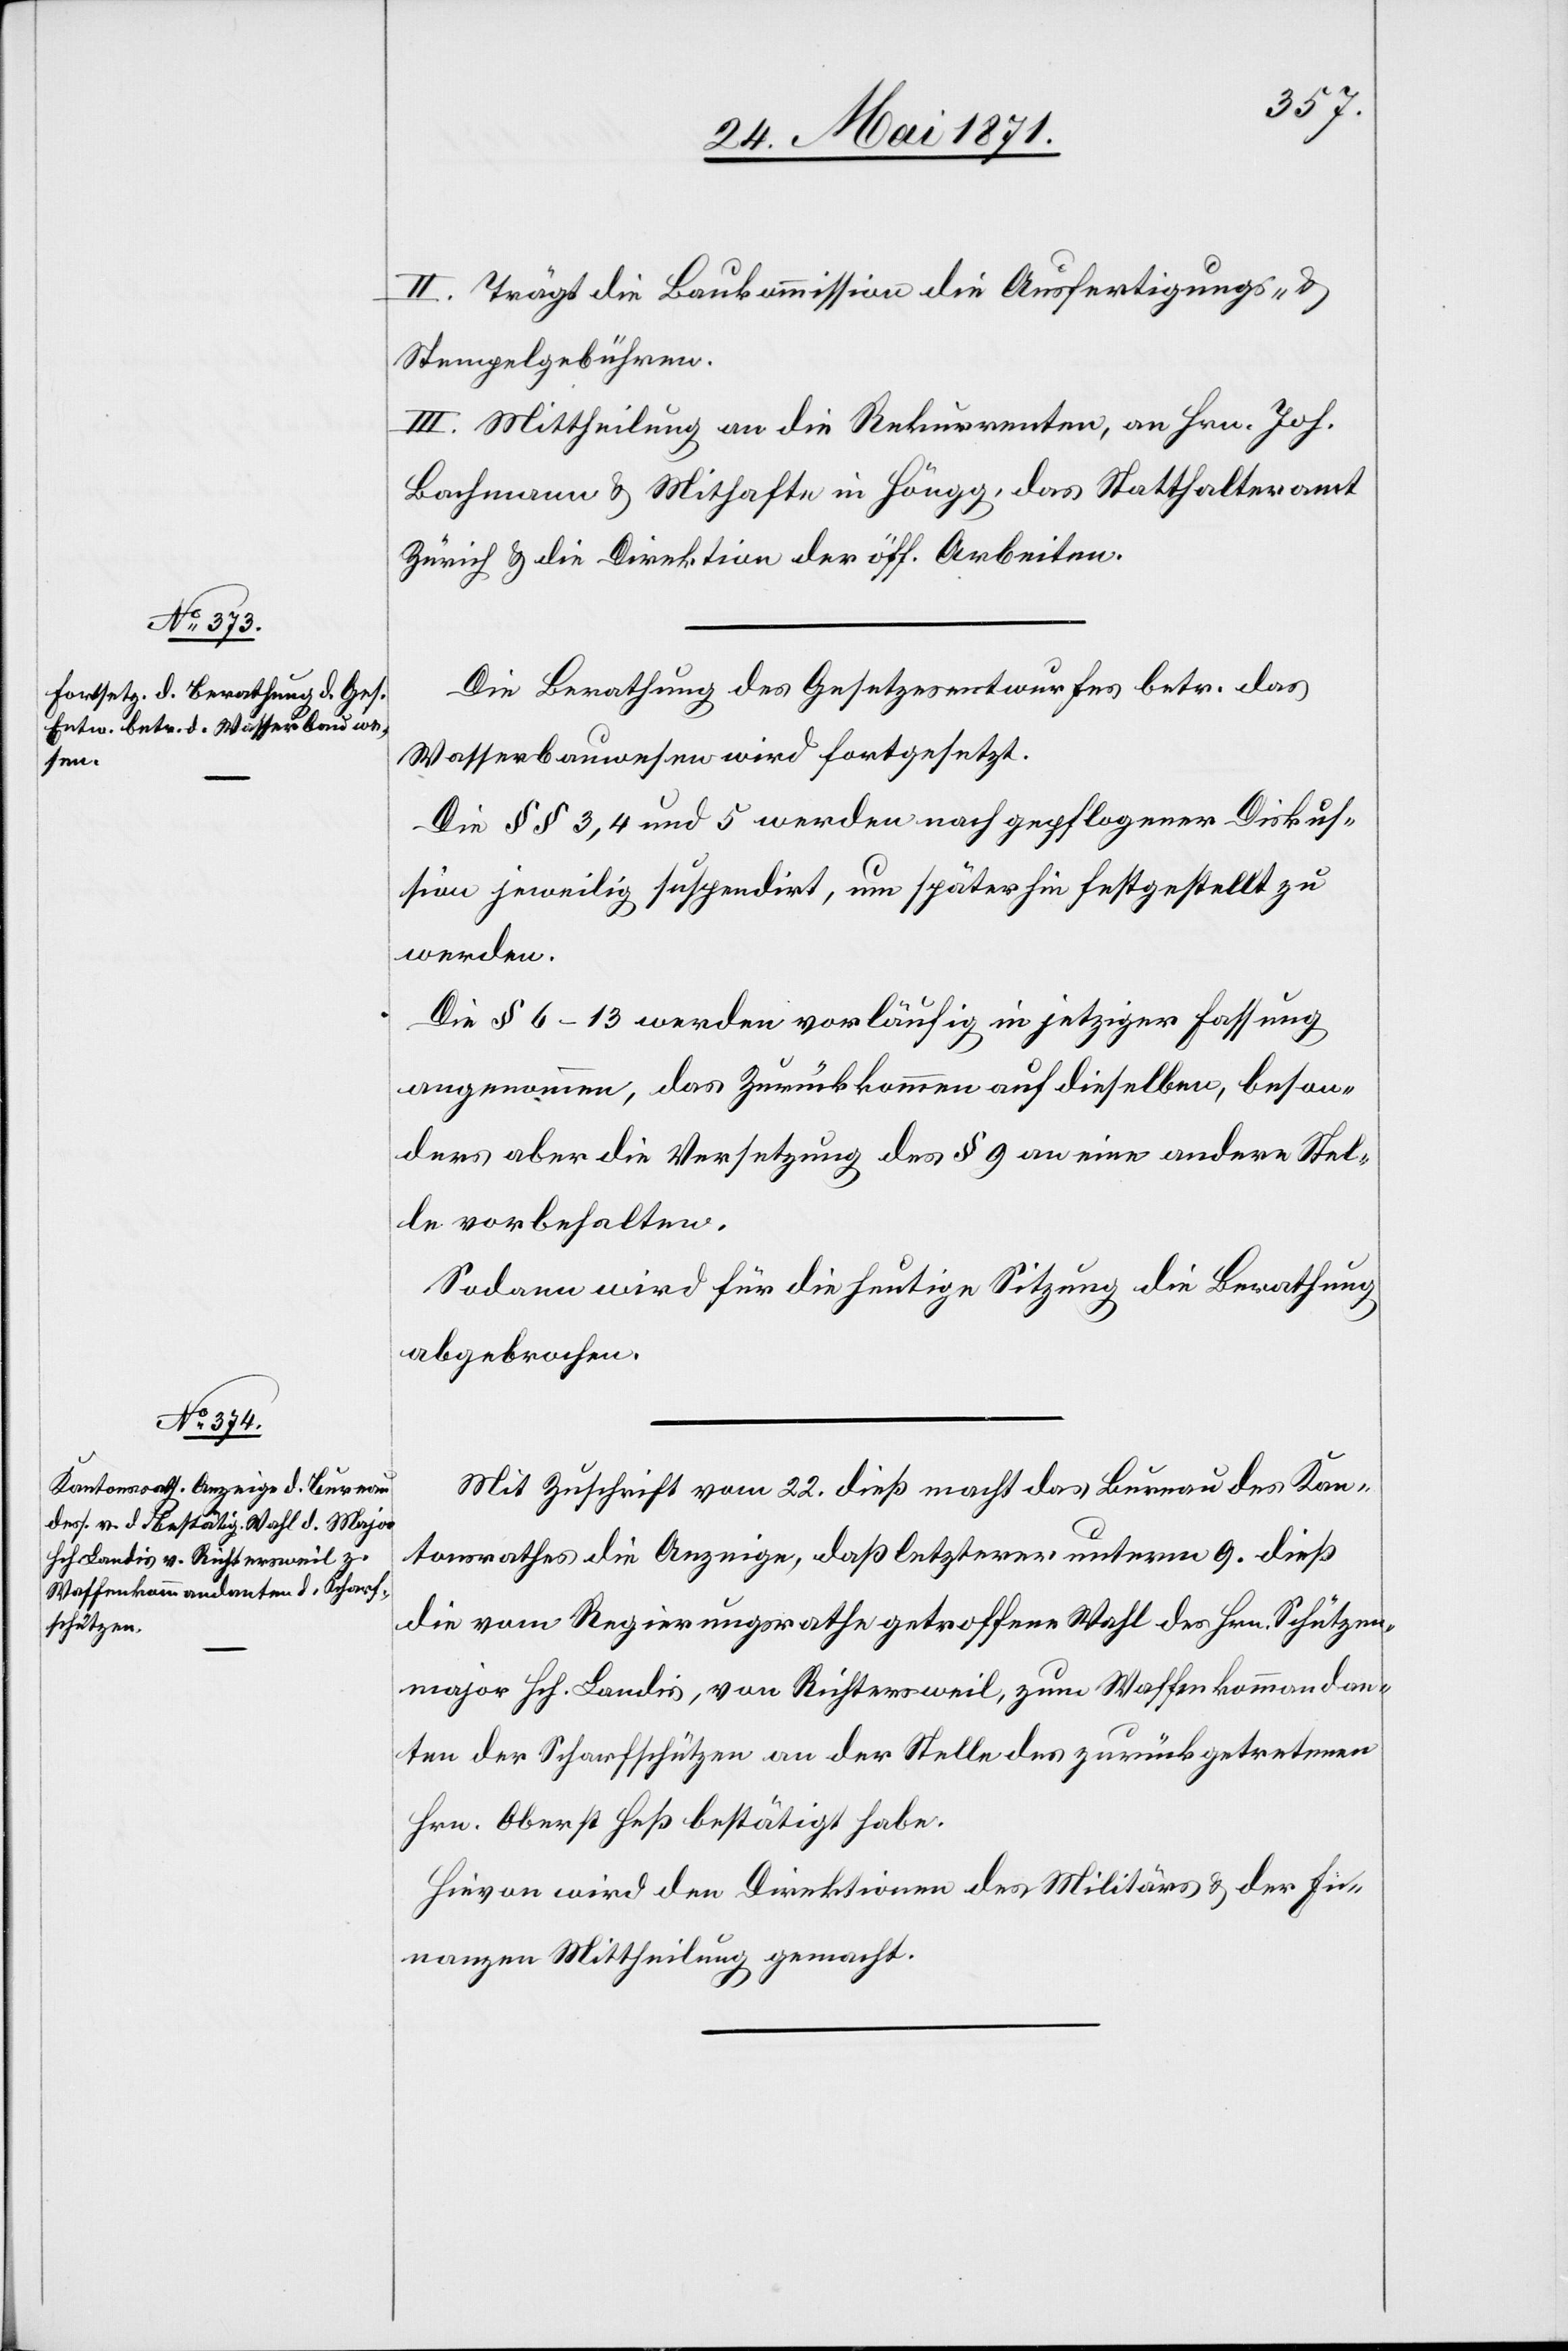
II. Trägt die Baukommission die Ausfertigungs- u.
Stempelgebühren.
III. Mittheilung an die Rekurrenten, an Hrn. Joh.
Bachmann u. Mithafte in Höngg, das Statthalteramt
Zürich u. die Direktion der öff. Arbeiten.
Die Berathung des Gesetzesentwurfes betr. das
Wasserbauwesen wird fortgesetzt.
Die §§ 3, 4 und 5 werden nach gepflogener Diskus¬
sion jeweilig suspendirt, um späterhin festgestellt zu
werden.
Die § 6–13 werden vorläufig in jetziger Fassung
angenommen, das Zurückkommen auf dieselben, beson¬
ders aber die Versetzung des § 9 an eine andere Stel¬
le vorbehalten.
Sodann wird für die heutige Sitzung die Berathung
abgebrochen.
Mit Zuschrift vom 22. dieß macht das Bureau des Kan¬
tonsrathes die Anzeige, daß letzterer unterm 9. dieß
die vom Regierungsrathe getroffene Wahl des Hrn. Schützen¬
major Hch. Landis, von Richtersweil, zum Waffenkommandan¬
ten der Scharfschützen an der Stelle des zurückgetretenen
Hrn. Oberst Heß bestätigt habe.
Hievon wird den Direktionen des Militärs u. der Fi¬
nanzen Mittheilung gemacht.